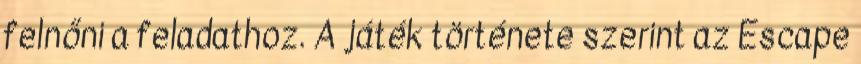
felnőni a feladathoz. A játék története szerint az Escape